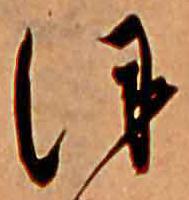
ほ